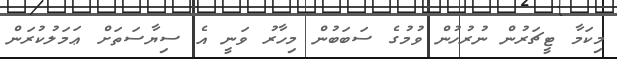
މިކަމާ ޓީޗަރުން ނުރުހުން ވުމުގެ ސަބަބުން މިހާރު ވަނީ އެ ސިޔާސަތަށް ޢަމަލުކުރަން